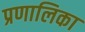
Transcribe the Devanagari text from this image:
प्रणालिका